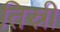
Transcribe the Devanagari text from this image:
तिस्री